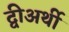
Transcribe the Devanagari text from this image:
द्वीअर्थी